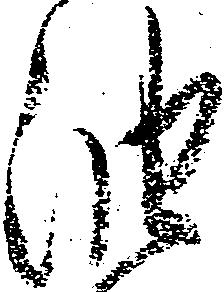
油